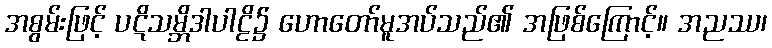
အစွမ်းဖြင့် ပဋိသမ္ဘိဒါပါဠိ၌ ဟောတော်မူအပ်သည်၏ အဖြစ်ကြောင့်။ အညဿ၊